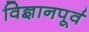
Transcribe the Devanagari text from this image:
विज्ञानपूर्व